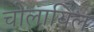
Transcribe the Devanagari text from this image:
चोलायिल